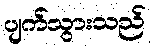
ပျက်သွားသည်